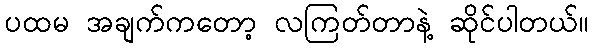
ပထမ အချက်ကတော့ လကြတ်တာနဲ့ ဆိုင်ပါတယ်။